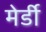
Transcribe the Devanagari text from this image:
मेर्डी